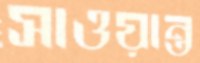
সাওয়ান্ত